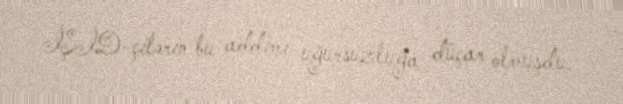
İŞİD-çilərin bu addımı uğursuzluğa düçar olmuşdu.